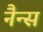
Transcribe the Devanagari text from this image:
नैन्स